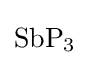
{\mathrm {SbP} {\vphantom {A}}_{\smash[{t}]{3}}}